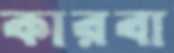
কারবা